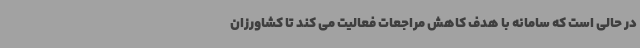
در حالی است که سامانه با هدف کاهش مراجعات فعالیت می کند تا کشاورزان